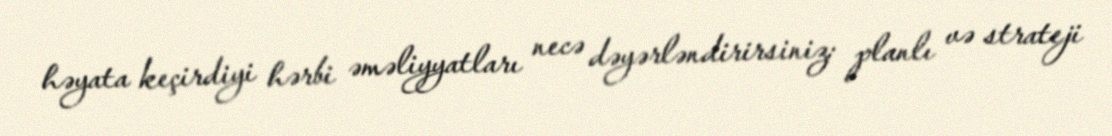
həyata keçirdiyi hərbi əməliyyatları necə dəyərləndirirsiniz: planlı və strateji